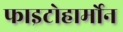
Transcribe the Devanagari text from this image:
फाइटोहार्मोन